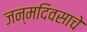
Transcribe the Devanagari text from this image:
जन्मदिवसाचे